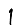
Digit: 1